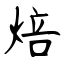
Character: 焙